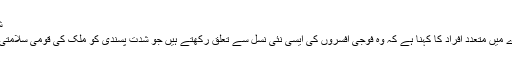
شدت پسندی سلامتی کے لیے بڑا خطرہ
آئی ایس آئی کے نئے سربراہ کے بارے میں متعدد افراد کا کہنا ہے کہ وہ فوجی افسروں کی ایسی نئی نسل سے تعلق رکھتے ہیں جو شدت پسندی کو ملک کی قومی سلامتی کے لیے بہت بڑا خطرہ سمجھتے ہیں۔